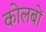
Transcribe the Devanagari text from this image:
कोलबों